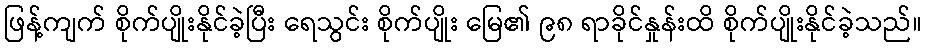
ဖြန့်ကျက် စိုက်ပျိုးနိုင်ခဲ့ပြီး ရေသွင်း စိုက်ပျိုး မြေ၏ ၉၈ ရာခိုင်နှုန်းထိ စိုက်ပျိုးနိုင်ခဲ့သည်။